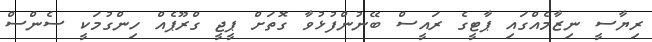
ރިޔާސީ ނިޒާމެއްގައި ޕާޓީގެ ރައީސް ބޭނުންފުޅުވާ ގޮތަށް ޕީޖީ ގްރޫޕެއް ހިންގުމަކީ ސެންސް